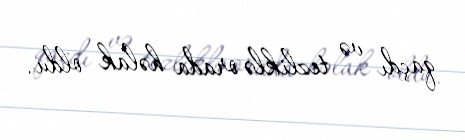
qaçdı və tezliklə orada həlak oldu.